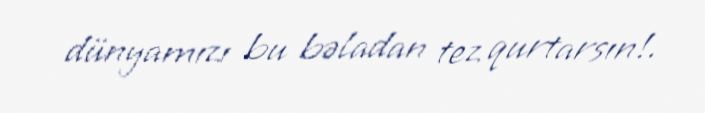
dünyamızı bu bəladan tez qurtarsın!.